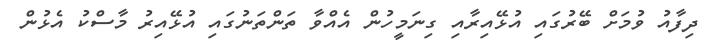
ދިފާއު ވުމަށް ބޭރުގައި އުޅޭއިރާއި ގިނަމީހުން އެއްވާ ތަންތަނުގައި އުޅޭއިރު މާސްކު އެޅުން